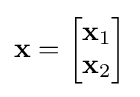
\mathbf {x} ={\begin{bmatrix}\mathbf {x} _{1}\\\mathbf {x} _{2}\\\end{bmatrix}}